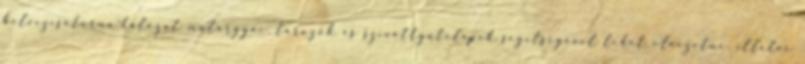
belvízcsatorna-hálózat mûtárgyai, tározók és szivattyútelepek segítségével lehet elvezetni, illetve